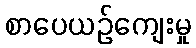
စာပေယဉ်ကျေးမှု